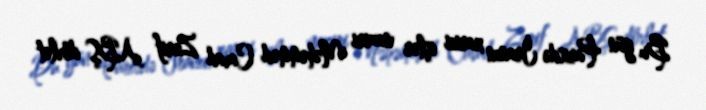
Bu gün Parisdə İranın xarici işlər naziri Məhəmməd Cavad Zərif ABŞ dövlət